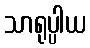
သာရုပ္ပါယ